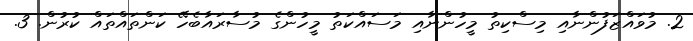
2. މުވައްޒަފުންނާއި މިސްކިތު މީހުންނާއި މަސައްކަތު މީހުންގެ މުސާރައާބެހޭ ކަންތައްތައް ކުރުން. 3.